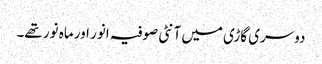
دوسری گاڑی میں آنٹی صوفیہ انور اور ماہ نور تھے۔